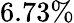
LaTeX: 6.73\%